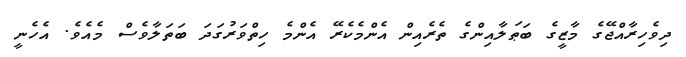
ދިވެހިރާއްޖޭގެ މާޒީގެ ބަޠަލާއިންގެ ތެރެއިން އެންމެކެރޭ އެންމެ ހިތްވަރުގަދަ ބަތަލާވެސް މެއެވެ. އެހެނީ